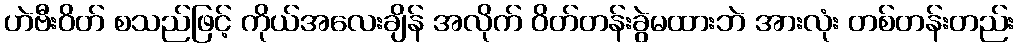
ဟဲဗီးဝိတ် စသည်ဖြင့် ကိုယ်အလေးချိန် အလိုက် ဝိတ်တန်းခွဲမထားဘဲ အားလုံး တစ်တန်းတည်း